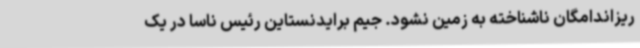
ریزاندامگان ناشناخته به زمین نشود. جیم برایدنستاین رئیس ناسا در یک